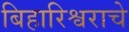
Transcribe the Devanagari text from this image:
बिहारिश्वराचे